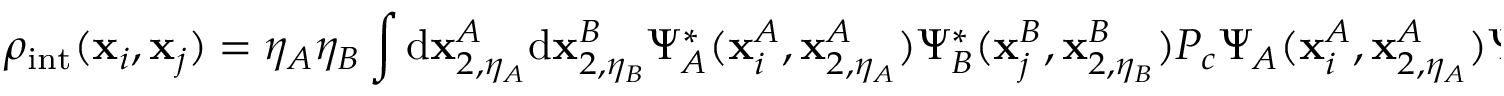
\rho _ { \mathrm { i n t } } ( \mathbf { x } _ { i } , \mathbf { x } _ { j } ) = \eta _ { A } \eta _ { B } \int \mathrm { d } \mathbf { x } _ { 2 , \eta _ { A } } ^ { A } \mathrm { d } \mathbf { x } _ { 2 , \eta _ { B } } ^ { B } \Psi _ { A } ^ { * } ( \mathbf { x } _ { i } ^ { A } , \mathbf { x } _ { 2 , \eta _ { A } } ^ { A } ) \Psi _ { B } ^ { * } ( \mathbf { x } _ { j } ^ { B } , \mathbf { x } _ { 2 , \eta _ { B } } ^ { B } ) P _ { c } \Psi _ { A } ( \mathbf { x } _ { i } ^ { A } , \mathbf { x } _ { 2 , \eta _ { A } } ^ { A } ) \Psi _ { B } ( \mathbf { x } _ { j } ^ { B } , \mathbf { x } _ { 2 , \eta _ { B } } ^ { B } ) .